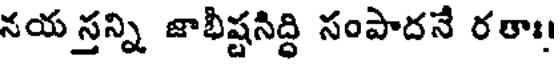
నయ స్తన్ని జాభీష్టసిద్ధి సంపాదనే రతాః!